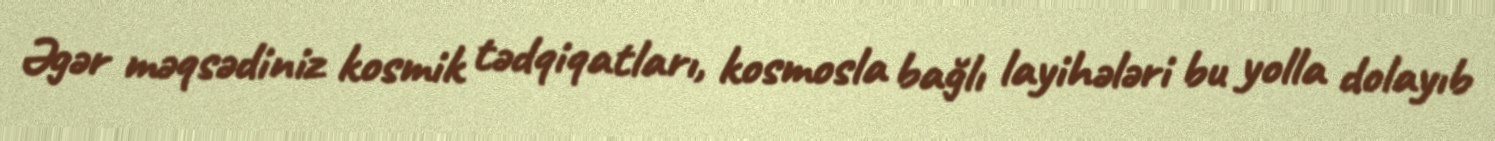
Əgər məqsədiniz kosmik tədqiqatları, kosmosla bağlı layihələri bu yolla dolayıb